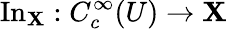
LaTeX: \operatorname{In}_{\mathbf{X}}:C_{c}^{\infty}(U)\to\mathbf{X}